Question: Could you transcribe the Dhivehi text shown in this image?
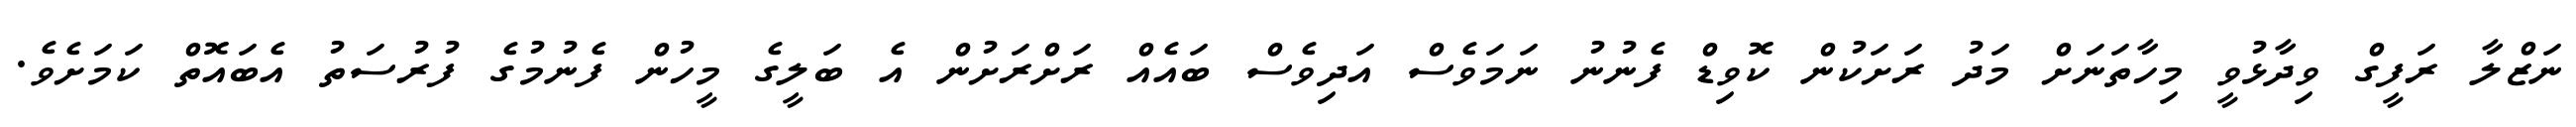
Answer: ނަޒްލާ ރަފީގް ވިދާޅުވީ މިހާތަނަށް މަދު ރަށަކުން ކޮވިޑް ފެނުނު ނަމަވެސް އަދިވެސް ބައެއް ރަށްރަށުން އެ ބަލީގެ މީހުން ފެނުމުގެ ފުރުސަތު އެބައޮތް ކަމަށެވެ.